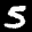
Label: 5